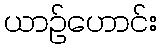
ယာဉ်ဟောင်း